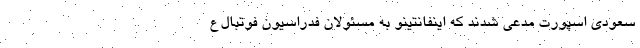
سعودی اسپورت مدعی شدند که اینفانتینو به مسئولان فدراسیون فوتبال ع